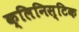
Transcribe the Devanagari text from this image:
क्लिनिस्टिक